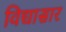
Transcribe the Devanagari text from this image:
विद्यासार